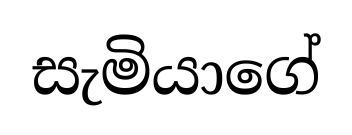
සැමියාගේ